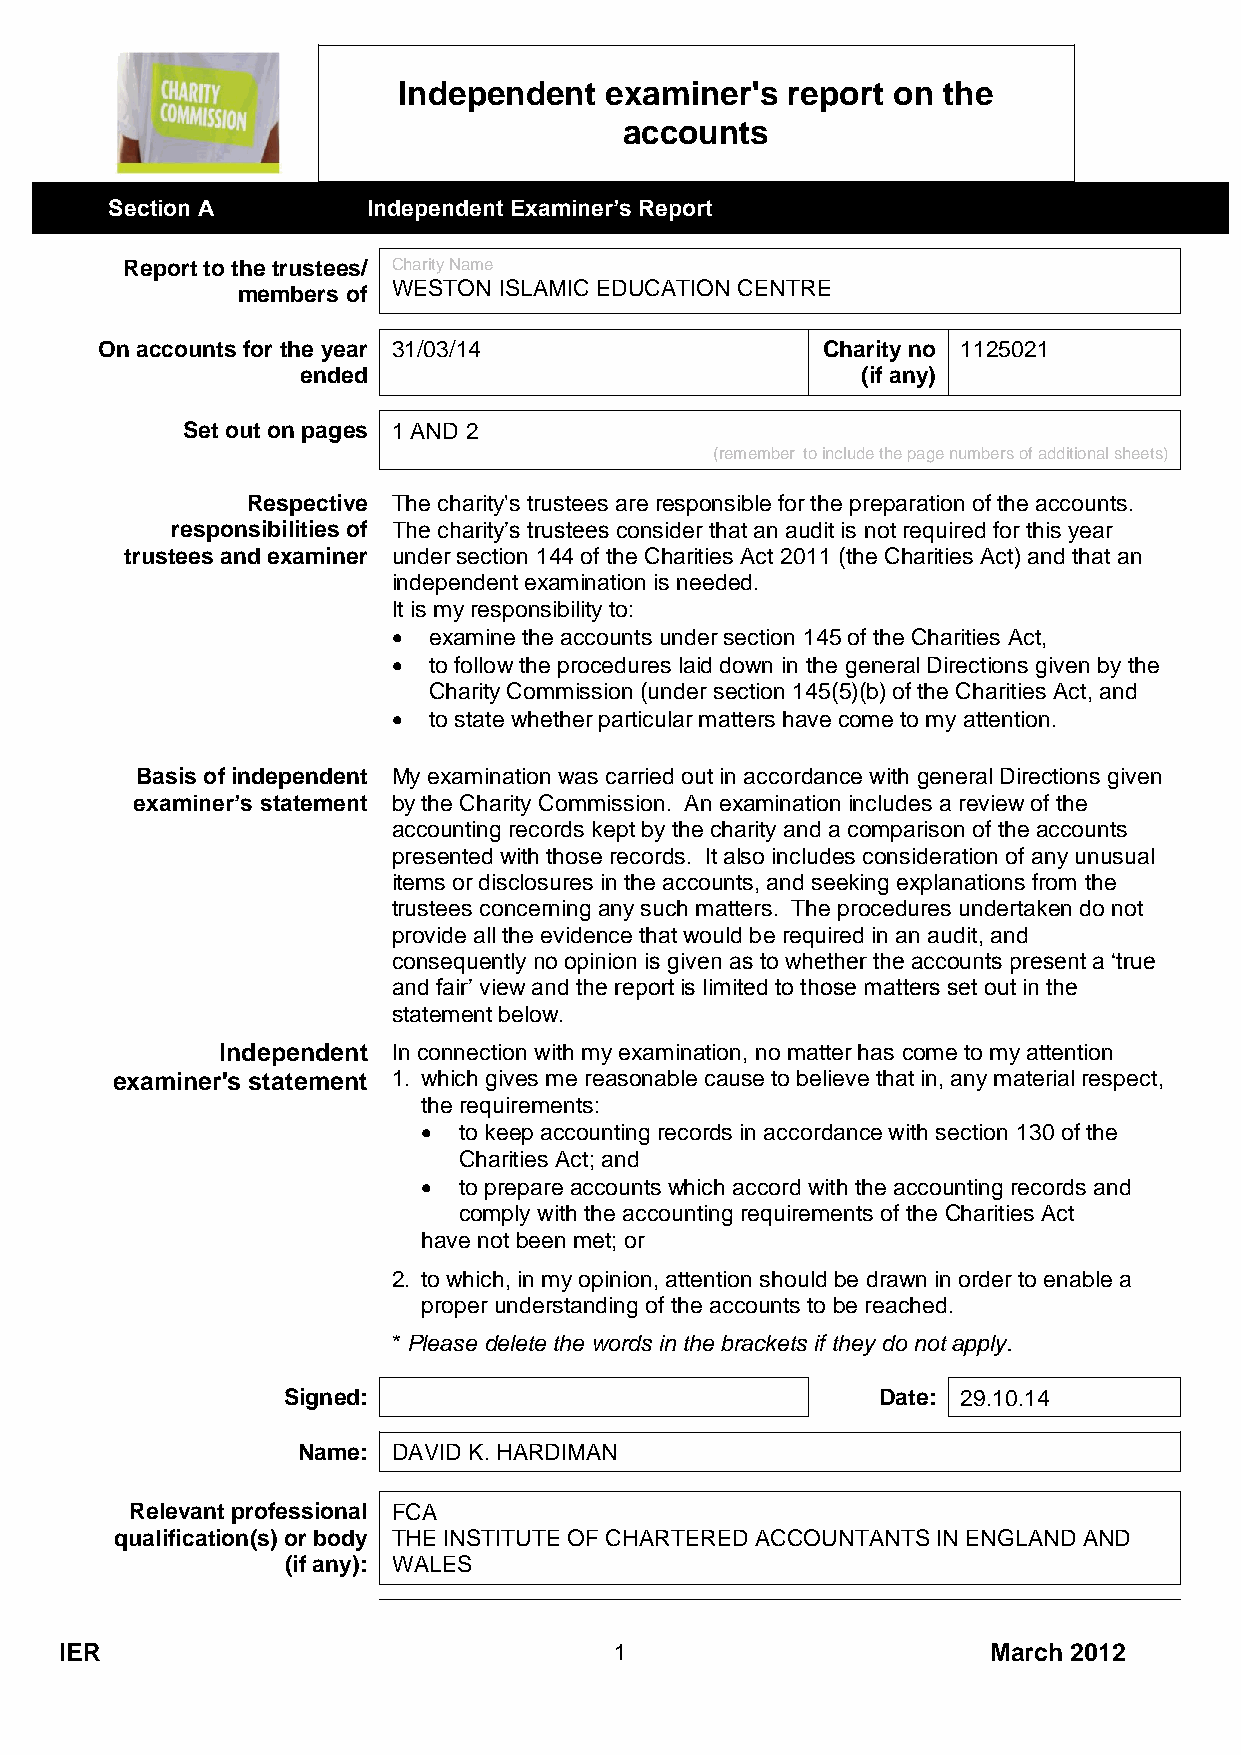
Independent   examiner's  report on the
 accounts
 Section A        Independent Examiner’s Report
 Report to the trustees/ Charity Name
 WESTON ISLAMIC EDUCATION CENTRE
 members of
 On accounts for the year 31/03/14               Charity no 1125021
 ended                                (if any)
 Set out on pages 1 AND 2
 (remember to include the page numbers of additional sheets)
 Respective The charity's trustees are responsible for the preparation of the accounts.
 responsibilities of The charity’s trustees consider that an audit is not required for this year
 trustees and examiner under section 144 of the Charities Act 2011 (the Charities Act) and that an
 independent examination is needed.
 It is my responsibility to:
  examine the accounts under section 145 of the Charities Act,
  to follow the procedures laid down in the general Directions given by the
 Charity Commission (under section 145(5)(b) of the Charities Act, and
  to state whether particular matters have come to my attention.
 Basis of independent My examination was carried out in accordance with general Directions given
 examiner’s statement by the Charity Commission. An examination includes a review of the
 accounting records kept by the charity and a comparison of the accounts
 presented with those records. It also includes consideration of any unusual
 items or disclosures in the accounts, and seeking explanations from the
 trustees concerning any such matters. The procedures undertaken do not
 provide all the evidence that would be required in an audit, and
 consequently no opinion is given as to whether the accounts present a ‘true
 and fair’ view and the report is limited to those matters set out in the
 statement below.
 Independent In connection with my examination, no matter has come to my attention
 examiner's statement 1. which gives me reasonable cause to believe that in, any material respect,
 the requirements:
  to keep accounting records in accordance with section 130 of the
 Charities Act; and
  to prepare accounts which accord with the accounting records and
 comply with the accounting requirements of the Charities Act
 have not been met; or
 2. to which, in my opinion, attention should be drawn in order to enable a
 proper understanding of the accounts to be reached.
 * Please delete the words in the brackets if they do not apply.
 Signed:                                Date: 29.10.14
 Name: DAVID K. HARDIMAN
 Relevant professional FCA
 qualification(s) or body THE INSTITUTE OF CHARTERED ACCOUNTANTS IN ENGLAND AND
 (if any): WALES
 IER                                  1                        March 2012